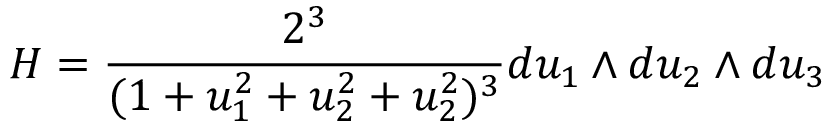
H = \frac { 2 ^ { 3 } } { ( 1 + u _ { 1 } ^ { 2 } + u _ { 2 } ^ { 2 } + u _ { 2 } ^ { 2 } ) ^ { 3 } } d u _ { 1 } \wedge d u _ { 2 } \wedge d u _ { 3 }